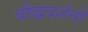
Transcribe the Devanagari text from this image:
बौद्धदर्शनों